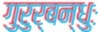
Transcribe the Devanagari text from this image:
गुरुर्बन्धुः